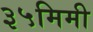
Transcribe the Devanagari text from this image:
३५मिमी